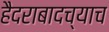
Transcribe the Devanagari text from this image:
हैदराबादच्याच